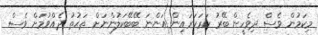
މިކަމުން ވެސް ދިވެހީން ބޭރު ކަރަކަރައިން އަންނަ ބޭބޭކަލުންނަށް ތަޙުތު ދެއްވުމަށް ވެސް